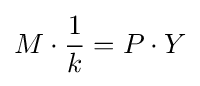
M\cdot {\frac {1}{k}}=P\cdot Y